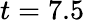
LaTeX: t=7.5